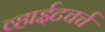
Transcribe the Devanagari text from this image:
व्हाईटचर्च